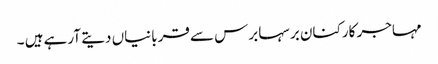
مہاجر کارکنان برسہا برس سے قربانیاں دیتے آرہے ہیں ۔